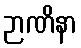
ဉာဏိနာ